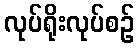
လုပ်ရိုးလုပ်စဉ်